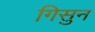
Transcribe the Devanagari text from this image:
गिसुन